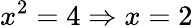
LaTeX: x^{2}=4\Rightarrow x=2